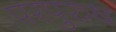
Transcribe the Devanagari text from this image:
परपुरुष